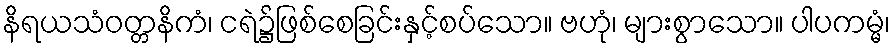
နိရယသံဝတ္တနိကံ၊ ငရဲ၌ဖြစ်စေခြင်းနှင့်စပ်သော။ ဗဟုံ၊ များစွာသော။ ပါပကမ္မံ၊